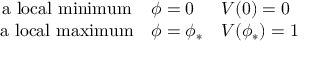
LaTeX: \left. \begin{array} { c l l } { { \mathrm { a ~ l o c a l ~ m i n i m u m } } } & { { \phi = 0 } } & { { V ( 0 ) = 0 } } \\ { { \mathrm { a ~ l o c a l ~ m a x i m u m } } } & { { \phi = \phi _ { * } } } & { { V ( \phi _ { * } ) = 1 } } \end{array} \right.